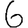
Digit: 6